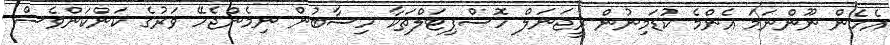
އެހެން ނޫންނަމަ އެންމެ ކުޑަމިނުން ރީޖަނަލް ހޮސްޕިޓަލްތަކާ ހިސާބުން ނިމެންޖެހޭ ވަރުގެ ކަންކަންވެސް